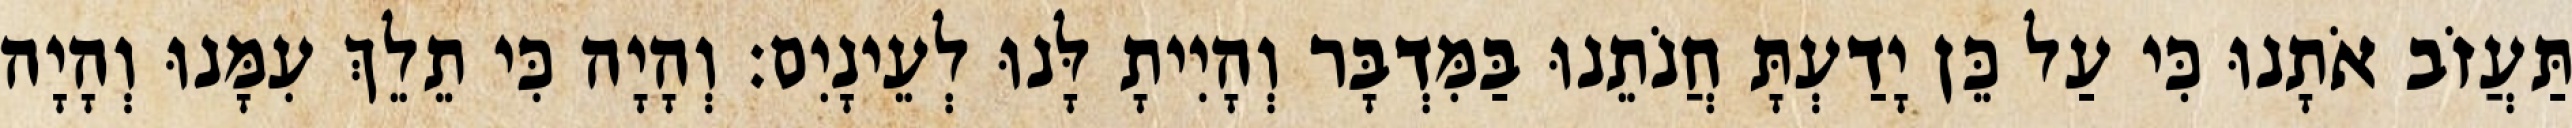
תַּעֲזֹב אֹתָנוּ כִּי עַל כֵּן יָדַעְתָּ חֲנֹתֵנוּ בַּמִּדְבָּר וְהָיִיתָ לָּנוּ לְעֵינָיִם׃ וְהָיָה כִּי תֵלֵךְ עִמָּנוּ וְהָיָה